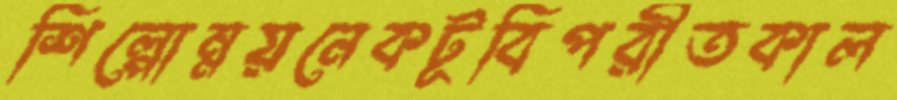
শিল্পোন্নয়নেকটূবিপরীতকাল